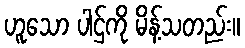
ဟူသော ပါဌ်ကို မိန့်သတည်း။